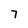
Character: 7